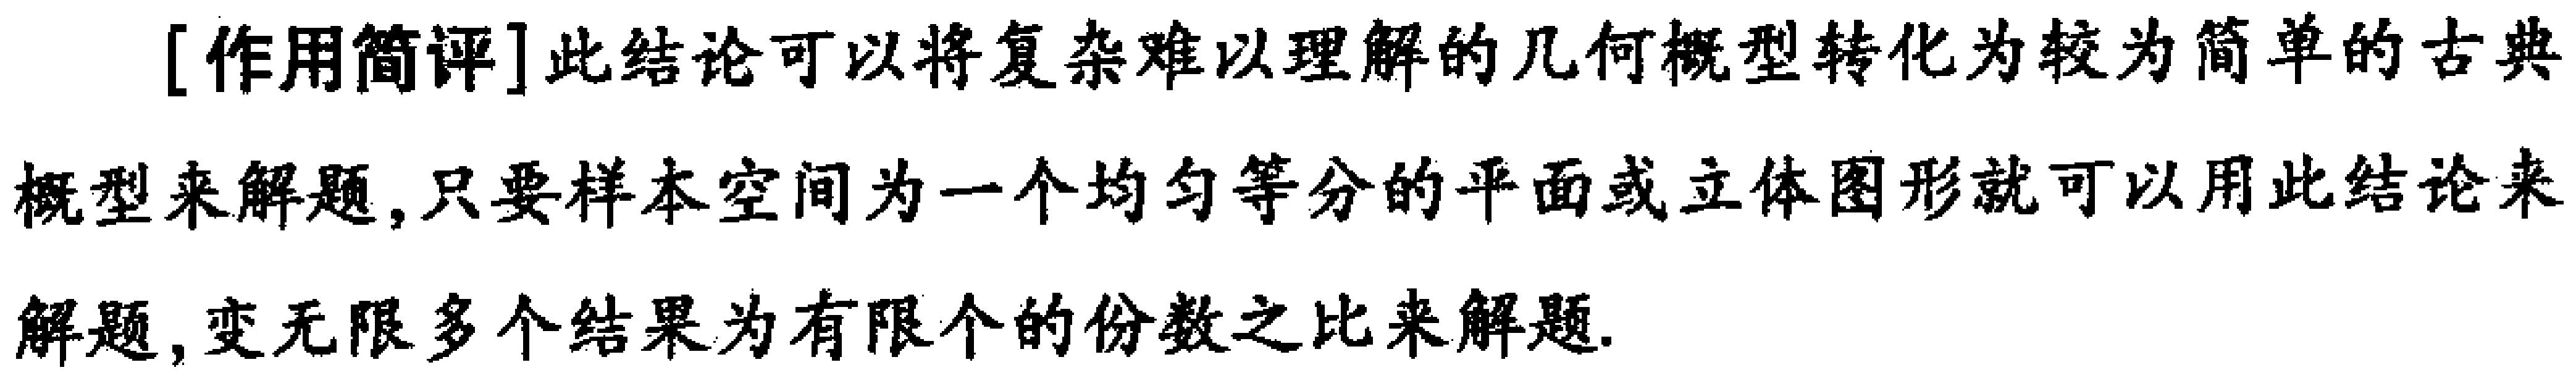
[作用简评]此结论可以将复杂难以理解的几何概型转化为较为简单的古典概型来解题, 只要样本空间为一个均匀等分的平面或立体图形就可以用此结论来解题, 变无限多个结果为有限个的份数之比来解题.